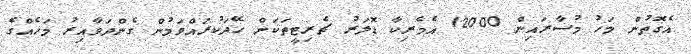
އެގޮތުން މަހު މުސާރައިން 12000 އެމެރިކާ ޑޮލަރު ޗެރިޓީތަކަށް ހޭދަކުރައްވަމުން ގެންދަވާއިރު މަހެއްގެ